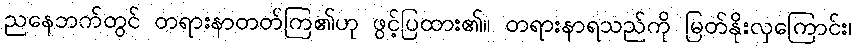
ညနေဘက်တွင် တရားနာတတ်ကြ၏ဟု ဖွင့်ပြထား၏။ တရားနာရသည်ကို မြတ်နိုးလှကြောင်း၊